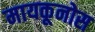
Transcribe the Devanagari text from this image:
मायकूनोस